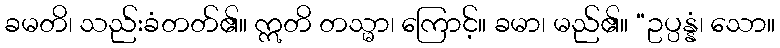
ခမတိ၊ သည်းခံတတ်၏။ ဣတိ တသ္မာ၊ ကြောင့်။ ခမာ၊ မည်၏။ “ဥပ္ပန္နံ၊ သော။